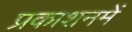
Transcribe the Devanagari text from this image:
प्रकाशनमें